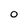
Character: 0